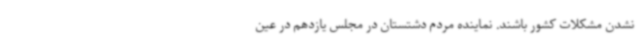
نشدن مشکلات کشور باشند. نماینده مردم دشتستان در مجلس یازدهم در عین